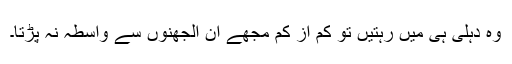
وہ دہلی ہی میں رہتیں تو کم از کم مجھے ان الجھنوں سے واسطہ نہ پڑتا۔